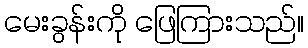
မေးခွန်းကို ဖြေကြားသည်။